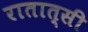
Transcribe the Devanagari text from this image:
रातात्सी